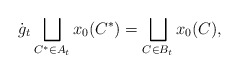
\begin{align*}\dot{g}_t \bigsqcup_{C^*\in A_t} x_0(C^*)=\bigsqcup_{C\in B_t} x_0(C),\end{align*}